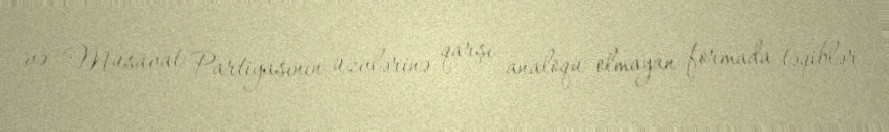
və Müsavat Partiyasının üzvlərinə qarşı analoqu olmayan formada təqiblər